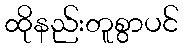
ထိုနည်းတူစွာပင်